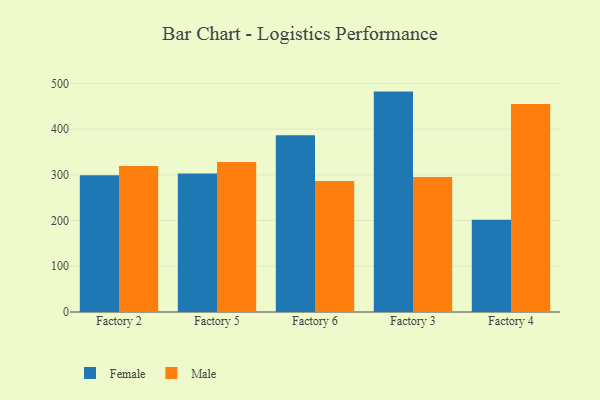
{"axis": {"x": "Factory", "y": "Net Income (USD K)"}, "legend": ["Female", "Male"], "data": [{"x": "Factory 2", "y": 299.1, "type": "Female"}, {"x": "Factory 2", "y": 319.4, "type": "Male"}, {"x": "Factory 5", "y": 303.0, "type": "Female"}, {"x": "Factory 5", "y": 327.9, "type": "Male"}, {"x": "Factory 6", "y": 386.7, "type": "Female"}, {"x": "Factory 6", "y": 286.7, "type": "Male"}, {"x": "Factory 3", "y": 482.1, "type": "Female"}, {"x": "Factory 3", "y": 295.4, "type": "Male"}, {"x": "Factory 4", "y": 201.8, "type": "Female"}, {"x": "Factory 4", "y": 454.9, "type": "Male"}]}